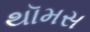
થૉમસ